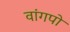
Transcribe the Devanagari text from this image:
वांगपो